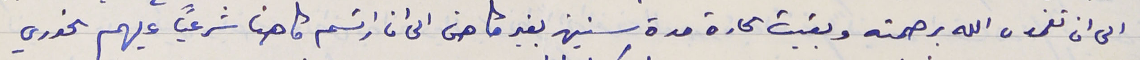
الى ان تغمده الله برحمته وبقيت الحارة مدة سنين بغير كاهن الى ان ارتسم كاهنا شرعياً عليهم الخوري